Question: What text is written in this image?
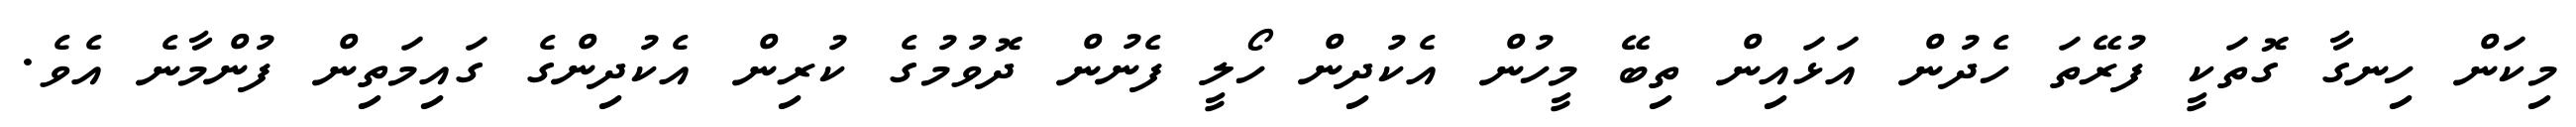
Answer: މިކަން ހިނގާ ގޮތަކީ ފުރޭތަ ހެދުން އަޅައިން ތިބޭ މީހުން އެކުދިން ހޯލީ ފެނުން ދޮވުމުގެ ކުރިން އެކުދިންގެ ގައިމަތިން ފުންމާނެ އެވެ.